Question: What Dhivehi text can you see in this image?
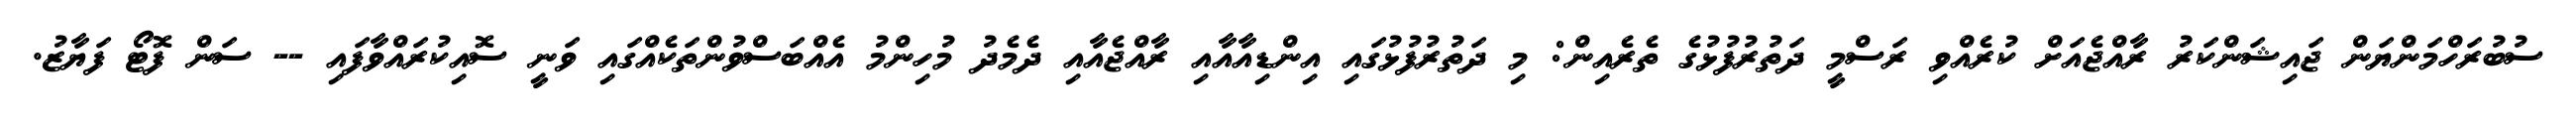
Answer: ސުބުރަހްމަންޔަން ޖައިޝަންކަރު ރާއްޖެއަށް ކުރެއްވި ރަސްމީ ދަތުރުފުޅުގެ ތެރެއިން: މި ދަތުރުފުޅުގައި އިންޑިއާއާއި ރާއްޖެއާއި ދެމެދު މުހިންމު އެއްބަސްވުންތަކެއްގައި ވަނީ ސޮއިކުރައްވާފައި -- ސަން ފޮޓޯ ފަޔާޒު.